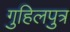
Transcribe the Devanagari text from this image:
गुहिलपुत्र